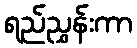
ရည်ညွှန်းကာ